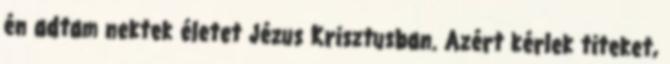
én adtam nektek életet Jézus Krisztusban. Azért kérlek titeket,